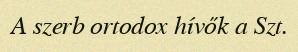
A szerb ortodox hívők a Szt.